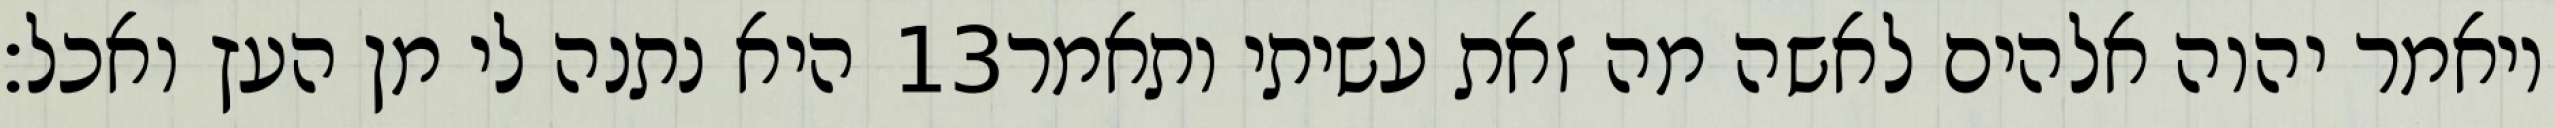
היא נתנה לי מן העץ ואכל׃ ‎13‏ ויאמר יהוה אלהים לאשה מה זאת עשיתי ותאמר